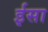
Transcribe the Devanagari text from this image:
र्इसा